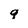
Character: 9